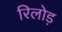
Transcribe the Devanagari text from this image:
रिलोड़